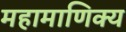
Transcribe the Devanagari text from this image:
महामाणिक्य